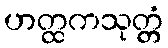
ဟတ္ထကသုတ္တံ